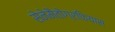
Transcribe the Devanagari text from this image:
सेनेमैतोग्रफियास